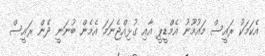
އެކަމަކު ރައީސް މައުމޫނު އެމްޑީޕީ އާއި ގުޅިއްޖެނަމަ އެމެން ބުނަނީ ދެން ރައީސް